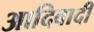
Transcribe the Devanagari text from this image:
आदिवादी